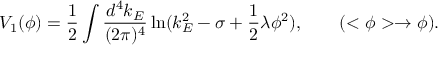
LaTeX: V _ { 1 } ( \phi ) = \frac 1 2 \int \frac { d ^ { 4 } k _ { E } } { ( 2 \pi ) ^ { 4 } } \ln ( k _ { E } ^ { 2 } - \sigma + \frac 1 2 \lambda \phi ^ { 2 } ) , \qquad ( < \phi > \rightarrow \phi ) .